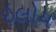
ઇલોય